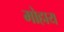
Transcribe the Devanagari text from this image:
मोहाय